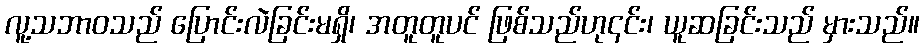
လူ့သဘာဝသည် ပြောင်းလဲခြင်းမရှိ၊ အတူတူပင် ဖြစ်သည်ဟု၎င်း၊ ယူဆခြင်းသည် မှားသည်။